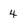
Character: 4